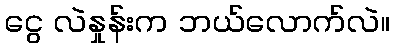
ငွေ လဲနှုန်းက ဘယ်လောက်လဲ။